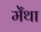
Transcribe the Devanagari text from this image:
मेँथा